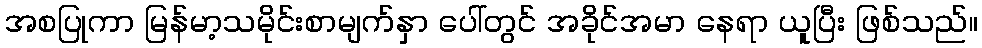
အစပြုကာ မြန်မာ့သမိုင်းစာမျက်နှာ ပေါ်တွင် အခိုင်အမာ နေရာ ယူပြီး ဖြစ်သည်။